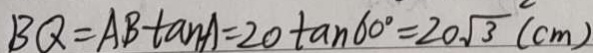
B Q = A B \tan A = 2 0 \tan 6 0 ^ { \circ } = 2 0 \sqrt { 3 } ( c m )